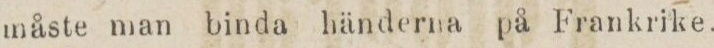
måste man binda händerna på Frankrike.